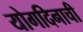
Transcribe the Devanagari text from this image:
योगदिनाची